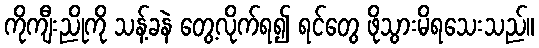
ကိုကျီးညိုကို သန့်ခနဲ တွေ့လိုက်ရ၍ ရင်တွေ ဖိုသွားမိရသေးသည်။